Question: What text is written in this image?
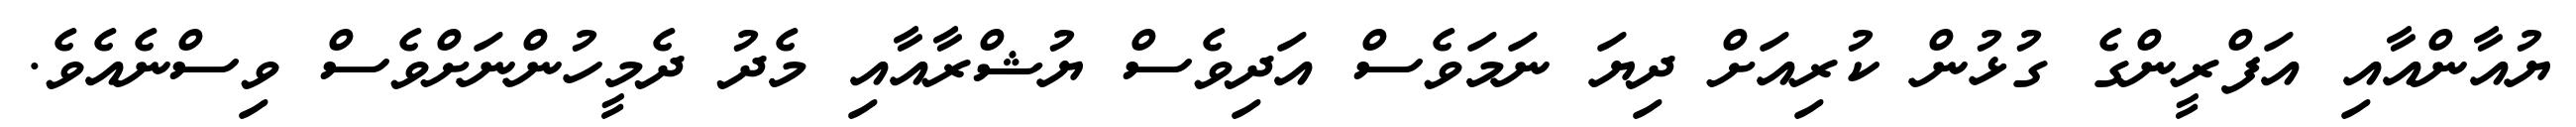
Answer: ޔުއާންއާއި އަފްރީންގެ ގުޅުން ކުރިއަށް ދިޔަ ނަމަވެސް އަދިވެސް ޔުޝްރާއާއި މެދު ދެމީހުންނަށްވެސް ވިސްނެއެވެ.